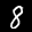
Label: 8